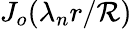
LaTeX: J_{o}(\lambda_{n}r/\mathcal{R})